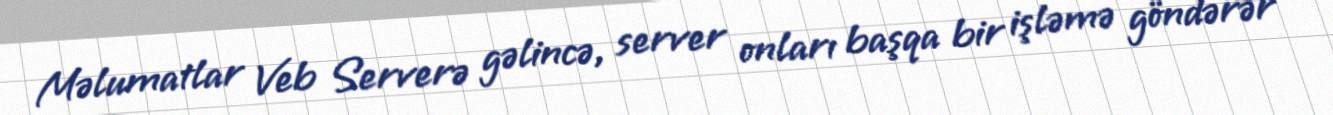
Məlumatlar Veb Serverə gəlincə, server onları başqa bir işləmə göndərər